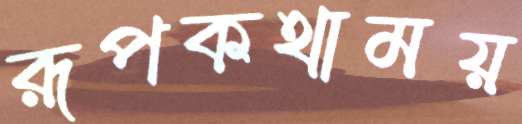
রূপকথাময়